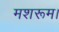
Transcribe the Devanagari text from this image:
मशरूम।